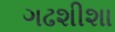
ગઢશીશા